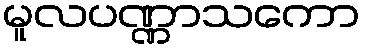
မူလပဏ္ဏာသကော